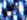
سوف